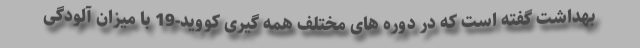
بهداشت گفته است که در دوره های مختلف همه گیری کووید-19 با میزان آلودگی